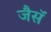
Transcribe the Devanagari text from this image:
जैसॅ